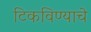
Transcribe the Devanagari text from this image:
टिकविण्याचे